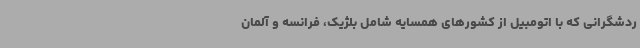
ردشگرانی که با اتومبیل از کشورهای همسایه شامل بلژیک، فرانسه و آلمان